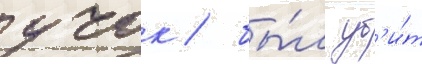
учок / бы́л уб'и́т